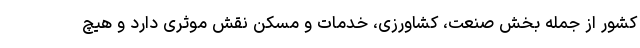
کشور از جمله بخش صنعت، کشاورزی، خدمات و مسکن نقش موثری دارد و هیچ